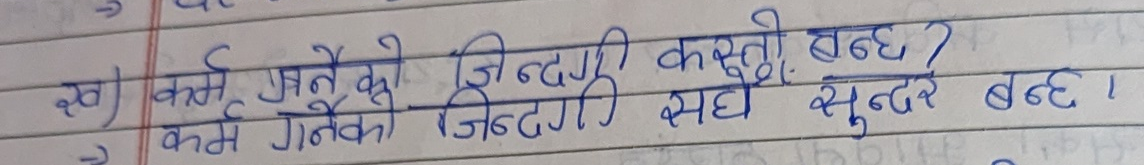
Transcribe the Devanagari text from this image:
ख) कर्म गर्नेको जिन्दगी कस्तो बन्छ ?
-> कर्म गर्नेको जिन्दगी सधै सुन्दर बन्छ ।